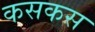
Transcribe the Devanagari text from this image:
कसकस